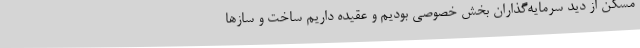
مسکن از دید سرمایه‌گذاران بخش خصوصی بودیم و عقیده داریم ساخت و سازها